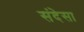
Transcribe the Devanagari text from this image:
संदेसा